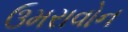
ઉમરાવોન